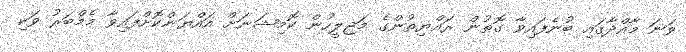
ވަނަ މާއްދާގައި ބުނެފައިވާ ގޮތުން ރައްޔިތުންގެ މަޖިލީހުން ކޮމިޝަނަށް އައްޔަންކޮށްފައިވާ މެމްބަރު ވަކި